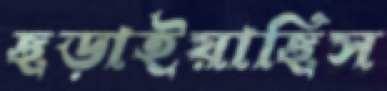
ছড়াইয়াছিস